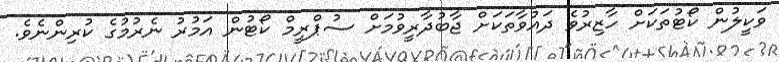
ވަކީލުން ކޯޓުތަކަށް ހާޒިރުވެ ދައުވާތަކަށް ޖާބުދާރީވުމަށް ސުޕްރީމް ކޯޓުން އަމުރު ނެރުމުގެ ކުރިންނެވެ.